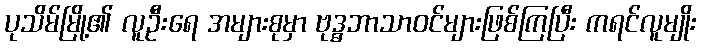
ပုသိမ်မြို့၏ လူဦးရေ အများစုမှာ ဗုဒ္ဓဘာသာဝင်များဖြစ်ကြပြီး ကရင်လူမျိုး